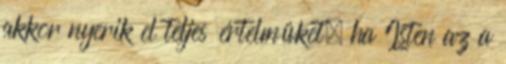
akkor nyerik el teljes értelmüket, ha Isten az a